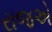
રાજએ